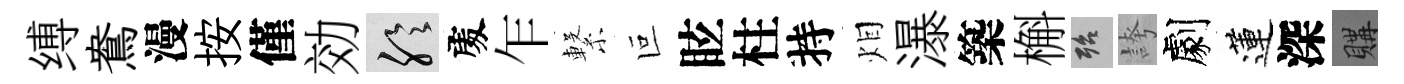
缚鴦漫按僅効聆𠁅乍繋叵眩柱持𤇆瀑築槲殆誇劇蓮深購